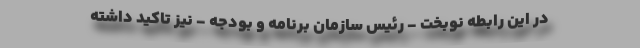
در این رابطه نوبخت - رئیس سازمان برنامه و بودجه - نیز تاکید داشته